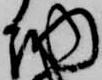
納